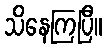
သိနေကြပြီ။